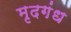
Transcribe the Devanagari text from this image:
मृदगंध